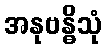
အနုဗန္ဓိသုံ